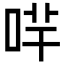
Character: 哶